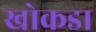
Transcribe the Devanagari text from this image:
खोकडा